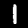
Digit: 1